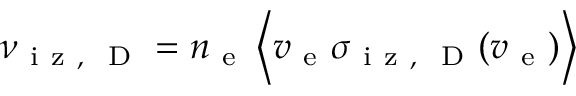
\nu _ { \mathrm { ~ i ~ z ~ , ~ } \mathrm { ~ D ~ } } = n _ { \mathrm { ~ e ~ } } \left\langle v _ { \mathrm { ~ e ~ } } \sigma _ { \mathrm { ~ i ~ z ~ , ~ } \mathrm { ~ D ~ } } ( v _ { \mathrm { ~ e ~ } } ) \right\rangle